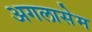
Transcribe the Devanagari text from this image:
अगलासेम